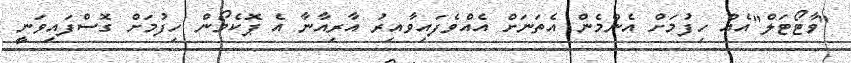
"ވާޓޯޓަލް"އެއް ހިފުމަށް އެންމެން އެތަނަށް އެއްވެފައިވާއިރު އާރިއާނާ އެ ޕޮކެމޯން ހިފުމަށް ގޮސްފައިވަނީ